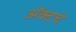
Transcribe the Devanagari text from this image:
ॲक्टचे